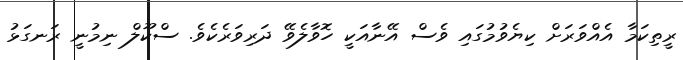
ރީތިކަމާ އެއްވަރަށް ކިޔެވުމުގައި ވެސް އޭނާއަކީ ހޮވާލެވޭ ދަރިވަރެކެވެ. ސްކޫލް ނިމުނީ ރަނގަޅު